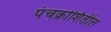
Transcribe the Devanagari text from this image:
पंचक्रोशितील